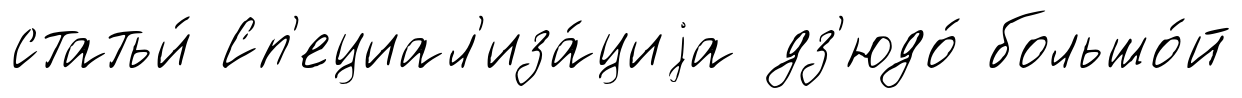
статьи́ Сп'ециал'иза́циjа дз'юдо́ большо́й